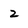
Character: z